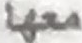
معها